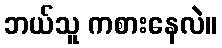
ဘယ်သူ ကစားနေလဲ။